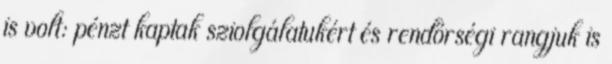
is volt: pénzt kaptak sziolgálatukért és rendőrségi rangjuk is